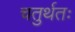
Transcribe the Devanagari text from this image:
चतुर्थतः